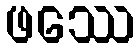
ဖဿေ